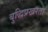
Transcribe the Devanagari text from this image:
बुद्धिप्रखरता